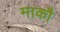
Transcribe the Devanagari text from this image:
माकौ